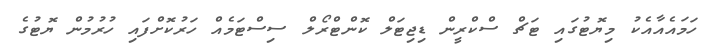
ހަމައެއާއެކު މިޔޮޓުގައި ޓަޗް ސްކްރީން ޑިޖިޓަލް ކޮންޓްރޯލް ސިސްޓަމެއް ހަރުކޮށްފައި ހުރުމުން ޔޮޓުގެ